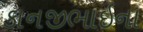
કાનજીભાઇના